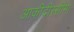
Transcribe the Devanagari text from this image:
आकीदीस्सीमा